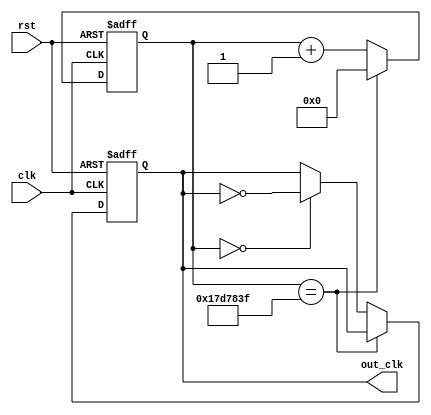
module clk_dll(rst, clk, out_clk);
  input clk, rst;

  output out_clk;

  reg out_clk;
  reg [24:0]cnt_clk;

  always@(posedge clk or negedge rst)
  begin
    if(!rst)
	begin
      out_clk = 0;
      cnt_clk = 0;
    end
    
    else
	begin  
      cnt_clk <= cnt_clk+1;
            
     if(cnt_clk == 24999999)
        cnt_clk <=0;
      else if(cnt_clk==0)
        out_clk = !out_clk;     

    end
    
  end    
endmodule